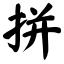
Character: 拼